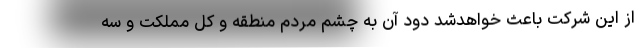
از این شرکت باعث خواهدشد دود آن به چشم مردم منطقه و کل مملکت و سه